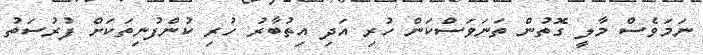
ނަމަވެސް މާލީ ގޮތުން ތަނަވަސްކަން ހުރި އަދި އިތުބާރު ހުރި ކުންފުނިތަކަށް ފުރުސަތު